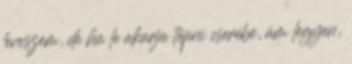
leveszem, de ha le akarja tépni cserébe, ám legyen,